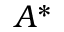
A ^ { * }